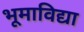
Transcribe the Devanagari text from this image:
भूमाविद्या